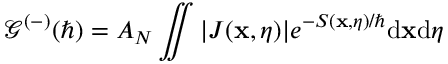
\mathcal { G } ^ { ( - ) } ( \hbar ) = A _ { N } \iint | J ( \mathbf { x } , \eta ) | e ^ { - S ( \mathbf { x } , \eta ) / \hbar } \mathrm { d } \mathbf { x } \mathrm { d } \eta